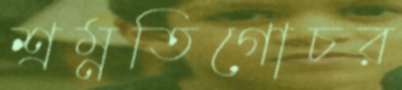
শ্রম্নতিগোচর